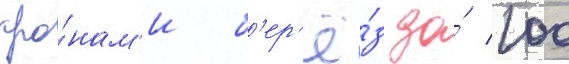
кро́нам'и б'ер'ё́з до́ 100